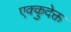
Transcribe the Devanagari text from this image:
एक्कुदेक्त